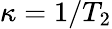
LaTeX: \kappa=1/T_{2}